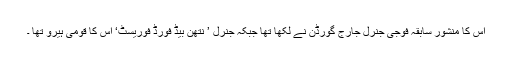
اس کا منشور سابقہ فوجی جنرل جارج گورڈن نے لکھا تھا جبکہ جنرل ’ نتھن بیڈ فورڈ فوریسٹ‘ اس کا قومی ہیرو تھا ۔